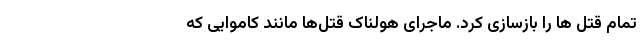
تمام قتل ها را بازسازی کرد. ماجرای هولناک قتل‌ها مانند کاموایی که